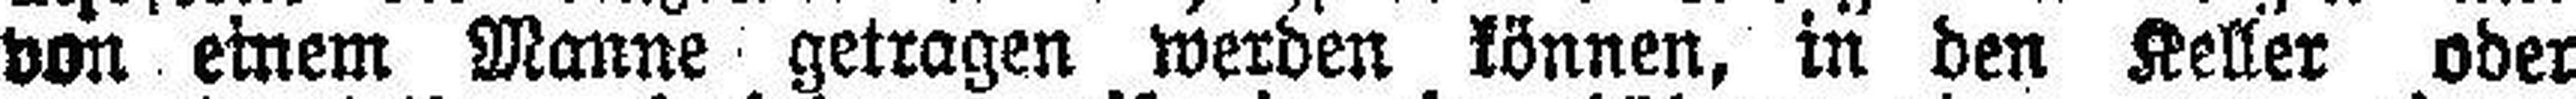
von einem Manne getragen werden können, in den Keller oder